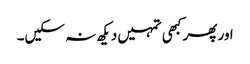
اور پھر کبھی تمہیں دیکھ نہ سکیں۔